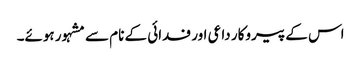
اس کے پیروکار داعی اور فدائی کے نام سے مشہور ہوئے۔